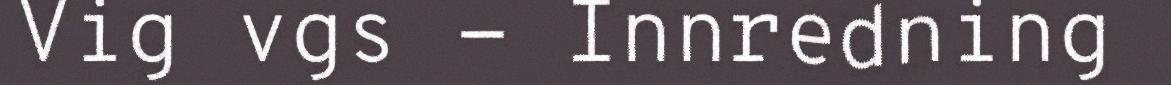
Vig vgs - Innredning